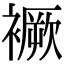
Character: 䙠